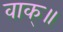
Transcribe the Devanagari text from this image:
वाक्॥